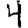
Digit: 4